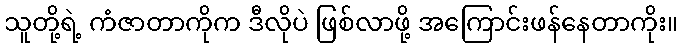
သူတို့ရဲ့ ကံဇာတာကိုက ဒီလိုပဲ ဖြစ်လာဖို့ အကြောင်းဖန်နေတာကိုး။